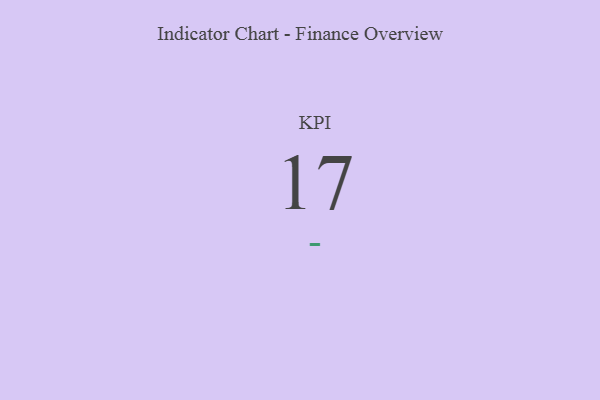
{"axis": {"x": "KPI", "y": "Value"}, "legend": [""], "data": [{"x": "KPI", "y": 17, "type": ""}]}